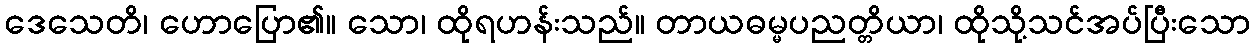
ဒေသေတိ၊ ဟောပြော၏။ သော၊ ထိုရဟန်းသည်။ တာယဓမ္မပညတ္တိယာ၊ ထိုသို့သင်အပ်ပြီးသော